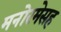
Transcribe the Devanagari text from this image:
मनोरमेसह